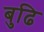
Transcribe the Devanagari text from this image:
बुढि